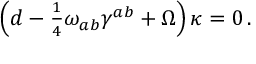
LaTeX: \left( d - { \textstyle \frac { 1 } { 4 } } \omega _ { a b } \gamma ^ { a b } + \Omega \right) \kappa = 0 \, .